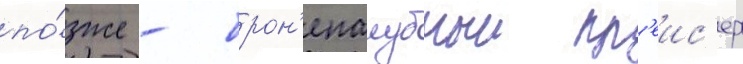
по́зже - брон'епалубныи кр'еис'ер